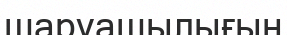
шаруашылығын